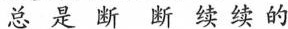
总是断断续续的